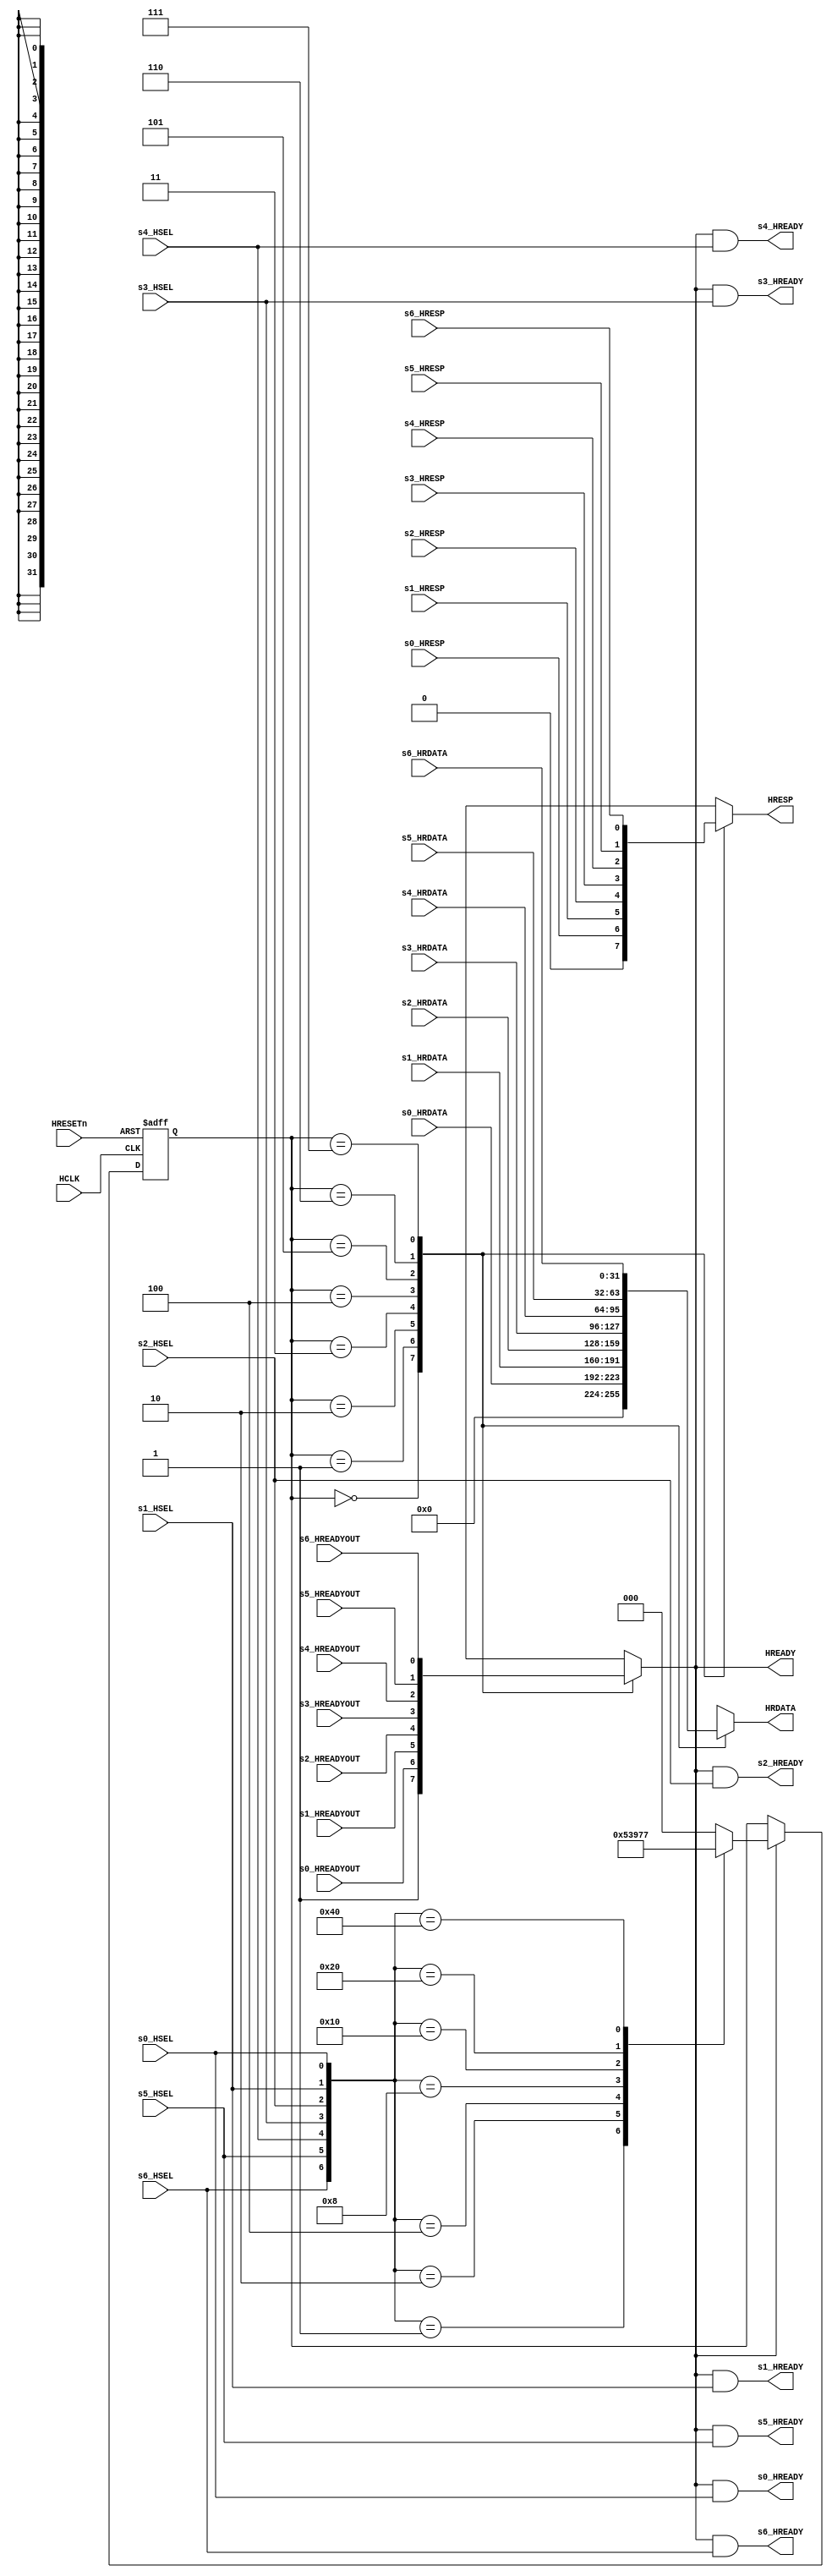
module s2m_mux(
    input            HCLK,
    input            HRESETn,

    //Hsel
    input            s0_HSEL,
    input            s1_HSEL,
    input            s2_HSEL,
    input            s3_HSEL,
    input            s4_HSEL,
    input            s5_HSEL,
    input            s6_HSEL,
    
    //Slave0 signals
    input [31:0]     s0_HRDATA,
    input            s0_HREADYOUT,
    input            s0_HRESP,
    output           s0_HREADY,
    //Slave1 signals
    input [31:0]     s1_HRDATA,
    input            s1_HREADYOUT,
    input            s1_HRESP,
    output           s1_HREADY,
    //Slave2 signals
    input [31:0]     s2_HRDATA,
    input            s2_HREADYOUT,
    input            s2_HRESP,
    output           s2_HREADY,
    //Slave3 signals
    input [31:0]     s3_HRDATA,
    input            s3_HREADYOUT,
    input            s3_HRESP,
    output           s3_HREADY,
    //Slave4 signals
    input [31:0]     s4_HRDATA,
    input            s4_HREADYOUT,
    input            s4_HRESP,
    output           s4_HREADY,
    //Slave5 signals
    input [31:0]     s5_HRDATA,
    input            s5_HREADYOUT,
    input            s5_HRESP,
    output           s5_HREADY,
    //Slave6 signals
    input [31:0]     s6_HRDATA,
    input            s6_HREADYOUT,
    input            s6_HRESP,
    output           s6_HREADY,

    //output signals
    output reg [31:0] HRDATA,
    output reg        HREADY,
    output reg        HRESP
);

reg [2:0] sel;
reg [2:0] nxt_sel;

always @(posedge HCLK or negedge HRESETn) begin
    if(HRESETn == 1'b0)begin
        sel <= 3'b0;
    end
    else if(HREADY == 1'b1)begin
        sel <= nxt_sel;
    end
end

always @* begin
    case({s6_HSEL,s5_HSEL,s4_HSEL,s3_HSEL,s2_HSEL,s1_HSEL,s0_HSEL})
        7'b000_0001: nxt_sel = 3'b001;
        7'b000_0010: nxt_sel = 3'b010;
        7'b000_0100: nxt_sel = 3'b011;
        7'b000_1000: nxt_sel = 3'b100;
        7'b001_0000: nxt_sel = 3'b101;
        7'b010_0000: nxt_sel = 3'b110;
        7'b100_0000: nxt_sel = 3'b111;
        default:     nxt_sel = 3'b000;
    endcase
end

always @* begin
    case(sel)
        3'b000:begin
            HRDATA = 32'b0;
            HREADY = 1'b1;
            HRESP  = 1'b0;
        end
        3'b001:begin
            HRDATA = s0_HRDATA;
            HREADY = s0_HREADYOUT;
            HRESP  = s0_HRESP;
        end
        3'b010:begin
            HRDATA = s1_HRDATA;
            HREADY = s1_HREADYOUT;
            HRESP  = s1_HRESP;
        end
        3'b011:begin
            HRDATA = s2_HRDATA;
            HREADY = s2_HREADYOUT;
            HRESP  = s2_HRESP;
        end
        3'b100:begin
            HRDATA = s3_HRDATA;
            HREADY = s3_HREADYOUT;
            HRESP  = s3_HRESP;
        end
        3'b101:begin
            HRDATA = s4_HRDATA;
            HREADY = s4_HREADYOUT;
            HRESP  = s4_HRESP;
        end
        3'b110:begin
            HRDATA = s5_HRDATA;
            HREADY = s5_HREADYOUT;
            HRESP  = s5_HRESP;
        end
        3'b111:begin
            HRDATA = s6_HRDATA;
            HREADY = s6_HREADYOUT;
            HRESP  = s6_HRESP;
        end
        default:begin
            HRDATA = 32'b0;
            HREADY = 1'b1;
            HRESP  = 1'b0;
        end
    endcase
end

assign s0_HREADY = HREADY & s0_HSEL;
assign s1_HREADY = HREADY & s1_HSEL;
assign s2_HREADY = HREADY & s2_HSEL;
assign s3_HREADY = HREADY & s3_HSEL;
assign s4_HREADY = HREADY & s4_HSEL;
assign s5_HREADY = HREADY & s5_HSEL;
assign s6_HREADY = HREADY & s6_HSEL;

endmodule